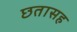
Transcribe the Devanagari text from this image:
छतासह